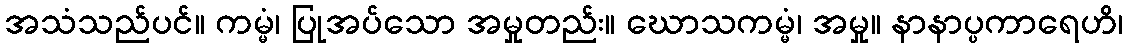
အသံသည်ပင်။ ကမ္မံ၊ ပြုအပ်သော အမှုတည်း။ ဃောသကမ္မံ၊ အမှု။ နာနာပ္ပကာရေဟိ၊